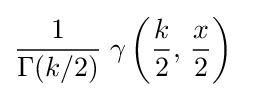
{\frac {1}{\Gamma (k/2)}}\;\gamma \left({\frac {k}{2}},\,{\frac {x}{2}}\right)\;